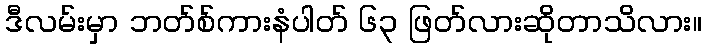
ဒီလမ်းမှာ ဘတ်စ်ကားနံပါတ် ၆၃ ဖြတ်လားဆိုတာသိလား။